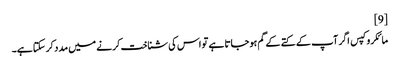
[9]
مائکروکپس اگر آپ کے کتے کے گم ہوجاتا ہے تو اس کی شناخت کرنے میں مدد کرسکتا ہے۔